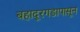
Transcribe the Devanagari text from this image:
बहादूरगडापासून